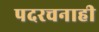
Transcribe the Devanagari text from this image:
पदरचनाही